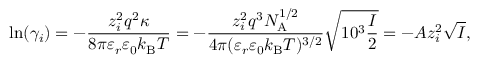
\ln ( \gamma _ { i } ) = - { \frac { z _ { i } ^ { 2 } q ^ { 2 } \kappa } { 8 \pi \varepsilon _ { r } \varepsilon _ { 0 } k _ { \mathrm { B } } T } } = - { \frac { z _ { i } ^ { 2 } q ^ { 3 } N _ { \mathrm { A } } ^ { 1 / 2 } } { 4 \pi ( \varepsilon _ { r } \varepsilon _ { 0 } k _ { \mathrm { B } } T ) ^ { 3 / 2 } } } { \sqrt { 1 0 ^ { 3 } { \frac { I } { 2 } } } } = - A z _ { i } ^ { 2 } { \sqrt { I } } ,